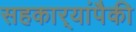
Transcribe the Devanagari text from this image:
सहकार्‍यांपैकी